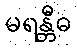
မရန္တီဓ